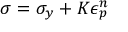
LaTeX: \sigma = \sigma _ { y } + K \epsilon _ { p } ^ { n } \,